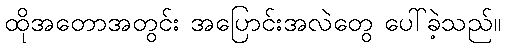
ထိုအတောအတွင်း အပြောင်းအလဲတွေ ပေါ်ခဲ့သည်။